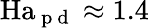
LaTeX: \mathrm{Ha}_{\mathrm{~p~d~}}\approx 1.4